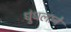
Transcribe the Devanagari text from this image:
धुंधलाने